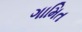
ગામિત